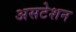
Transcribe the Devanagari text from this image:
असटेशन